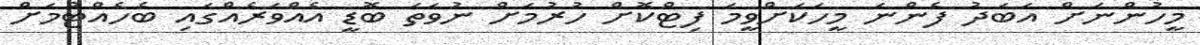
މީހުންނަށް އަބަދު ފެންނަ މީހަކަށްވީމަ ފިޓްކޮށް ހުރުމަށް ނުވަތަ ބޮޑީ އެއްވަރެއްގައި ބެހެއްޓުމަށް